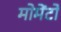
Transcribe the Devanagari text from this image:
मोमेंटो